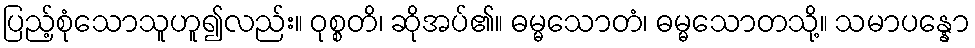
ပြည့်စုံသောသူဟူ၍လည်း။ ဝုစ္စတိ၊ ဆိုအပ်၏။ ဓမ္မသောတံ၊ ဓမ္မသောတသို့။ သမာပန္နော